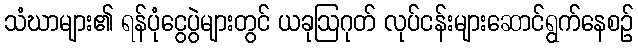
သံဃာများ၏ ရန်ပုံငွေပွဲများတွင် ယခုဩဂုတ် လုပ်ငန်းများဆောင်ရွက်နေစဉ်